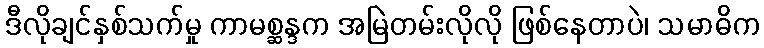
ဒီလိုချင်နှစ်သက်မှု ကာမစ္ဆန္ဒက အမြဲတမ်းလိုလို ဖြစ်နေတာပဲ၊ သမာဓိက